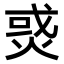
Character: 𤉹